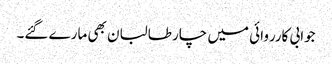
جوابی کارروائی میں چار طالبان بھی مارے گئے۔